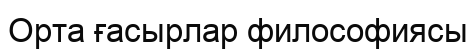
Орта ғасырлар философиясы